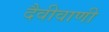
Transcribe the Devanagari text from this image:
दैवीवाणी